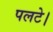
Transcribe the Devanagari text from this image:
पलटे।